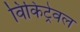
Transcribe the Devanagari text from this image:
विकिट्रेवल